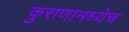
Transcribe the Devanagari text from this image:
कुराणामध्येच